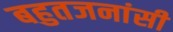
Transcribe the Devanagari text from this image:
बहुतजनांसी